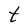
Character: t